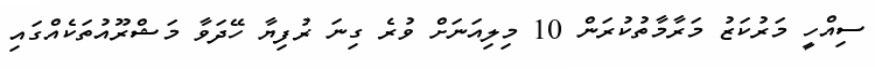
ސިއްހީ މަރުކަޒު މަރާމާތުކުރަން 10 މިލިއަނަށް ވުރެ ގިނަ ރުފިޔާ ހޭދަވާ މަޝްރޫއުތަކެއްގައި